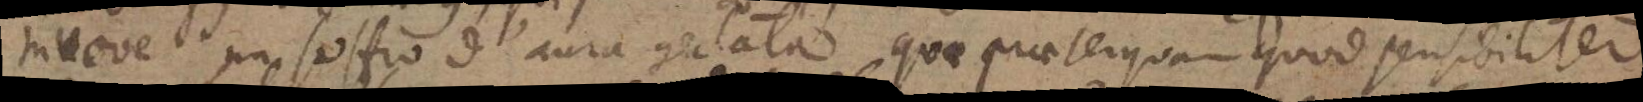
muove un soffio d’aura gelata quae praeterquam quod sensibiliter